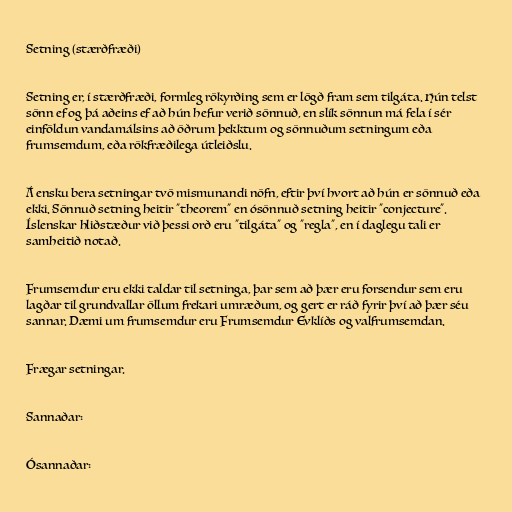
Setning (stærðfræði)

Setning er, í stærðfræði, formleg rökyrðing sem er lögð fram sem tilgáta. Hún telst
sönn ef og þá aðeins ef að hún hefur verið sönnuð, en slík sönnun má fela í sér
einföldun vandamálsins að öðrum þekktum og sönnuðum setningum eða
frumsemdum, eða rökfræðilega útleiðslu.

Á ensku bera setningar tvö mismunandi nöfn, eftir því hvort að hún er sönnuð eða
ekki. Sönnuð setning heitir "theorem" en ósönnuð setning heitir "conjecture".
Íslenskar hliðstæður við þessi orð eru "tilgáta" og "regla", en í daglegu tali er
samheitið notað.

Frumsemdur eru ekki taldar til setninga, þar sem að þær eru forsendur sem eru
lagðar til grundvallar öllum frekari umræðum, og gert er ráð fyrir því að þær séu
sannar. Dæmi um frumsemdur eru Frumsemdur Evklíðs og valfrumsemdan.

Frægar setningar.

Sannaðar:

Ósannaðar: